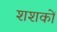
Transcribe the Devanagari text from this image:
शशकों